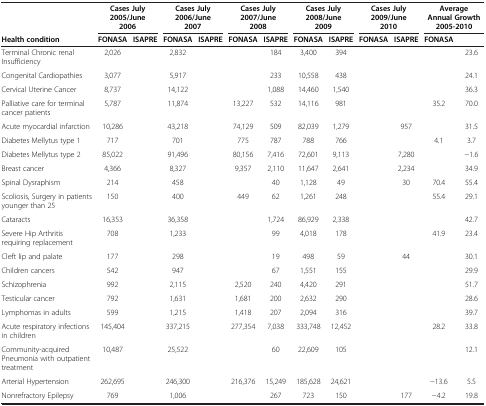
<table><thead><tr><td>[EMPTY_CELL]</td><td colspan="2"><b>Cases July 2005/June 2006</b></td><td colspan="2"><b>Cases July 2006/June 2007</b></td><td colspan="2"><b>Cases July 2007/June 2008</b></td><td colspan="2"><b>Cases July 2008/June 2009</b></td><td colspan="2"><b>Cases July 2009/June 2010</b></td><td colspan="2"><b>Average Annual Growth 2005-2010</b></td></tr><tr><td><b>Health condition</b></td><td><b>FONASA</b></td><td><b>ISAPRE</b></td><td><b>FONASA</b></td><td><b>ISAPRE</b></td><td><b>FONASA</b></td><td><b>ISAPRE</b></td><td><b>FONASA</b></td><td><b>ISAPRE</b></td><td><b>FONASA</b></td><td><b>ISAPRE</b></td><td><b>FONASA</b></td><td>[EMPTY_CELL]</td></tr></thead><tbody><tr><td>Terminal Chronic renal Insufficiency</td><td>2,026</td><td>[EMPTY_CELL]</td><td>2,832</td><td>[EMPTY_CELL]</td><td>[EMPTY_CELL]</td><td>184</td><td>3,400</td><td>394</td><td>[EMPTY_CELL]</td><td>[EMPTY_CELL]</td><td>[EMPTY_CELL]</td><td>23.6</td></tr><tr><td>Congenital Cardiopathies</td><td>3,077</td><td>[EMPTY_CELL]</td><td>5,917</td><td>[EMPTY_CELL]</td><td>[EMPTY_CELL]</td><td>233</td><td>10,558</td><td>438</td><td>[EMPTY_CELL]</td><td>[EMPTY_CELL]</td><td>[EMPTY_CELL]</td><td>24.1</td></tr><tr><td>Cervical Uterine Cancer</td><td>8,737</td><td>[EMPTY_CELL]</td><td>14,122</td><td>[EMPTY_CELL]</td><td>[EMPTY_CELL]</td><td>1,088</td><td>14,460</td><td>1,540</td><td>[EMPTY_CELL]</td><td>[EMPTY_CELL]</td><td>[EMPTY_CELL]</td><td>36.3</td></tr><tr><td>Palliative care for terminal cancer patients</td><td>5,787</td><td>[EMPTY_CELL]</td><td>11,874</td><td>[EMPTY_CELL]</td><td>13,227</td><td>532</td><td>14,116</td><td>981</td><td>[EMPTY_CELL]</td><td>[EMPTY_CELL]</td><td>35.2</td><td>70.0</td></tr><tr><td>Acute myocardial infarction</td><td>10,286</td><td>[EMPTY_CELL]</td><td>43,218</td><td>[EMPTY_CELL]</td><td>74,129</td><td>509</td><td>82,039</td><td>1,279</td><td>[EMPTY_CELL]</td><td>957</td><td>[EMPTY_CELL]</td><td>31.5</td></tr><tr><td>Diabetes Mellytus type 1</td><td>717</td><td>[EMPTY_CELL]</td><td>701</td><td>[EMPTY_CELL]</td><td>775</td><td>787</td><td>788</td><td>766</td><td>[EMPTY_CELL]</td><td>[EMPTY_CELL]</td><td>4.1</td><td>3.7</td></tr><tr><td>Diabetes Mellytus type 2</td><td>85,022</td><td>[EMPTY_CELL]</td><td>91,496</td><td>[EMPTY_CELL]</td><td>80,156</td><td>7,416</td><td>72,601</td><td>9,113</td><td>[EMPTY_CELL]</td><td>7,280</td><td>[EMPTY_CELL]</td><td>−1.6</td></tr><tr><td>Breast cancer</td><td>4,366</td><td>[EMPTY_CELL]</td><td>8,327</td><td>[EMPTY_CELL]</td><td>9,357</td><td>2,110</td><td>11,647</td><td>2,641</td><td>[EMPTY_CELL]</td><td>2,234</td><td>[EMPTY_CELL]</td><td>34.9</td></tr><tr><td>Spinal Dysraphism</td><td>214</td><td>[EMPTY_CELL]</td><td>458</td><td>[EMPTY_CELL]</td><td>[EMPTY_CELL]</td><td>40</td><td>1,128</td><td>49</td><td>[EMPTY_CELL]</td><td>30</td><td>70.4</td><td>55.4</td></tr><tr><td>Scoliosis, Surgery in patients younger than 25</td><td>150</td><td>[EMPTY_CELL]</td><td>400</td><td>[EMPTY_CELL]</td><td>449</td><td>62</td><td>1,261</td><td>248</td><td>[EMPTY_CELL]</td><td>[EMPTY_CELL]</td><td>55.4</td><td>29.1</td></tr><tr><td>Cataracts</td><td>16,353</td><td>[EMPTY_CELL]</td><td>36,358</td><td>[EMPTY_CELL]</td><td>[EMPTY_CELL]</td><td>1,724</td><td>86,929</td><td>2,338</td><td>[EMPTY_CELL]</td><td>[EMPTY_CELL]</td><td>[EMPTY_CELL]</td><td>42.7</td></tr><tr><td>Severe Hip Arthritis requiring replacement</td><td>708</td><td>[EMPTY_CELL]</td><td>1,233</td><td>[EMPTY_CELL]</td><td>[EMPTY_CELL]</td><td>99</td><td>4,018</td><td>178</td><td>[EMPTY_CELL]</td><td>[EMPTY_CELL]</td><td>41.9</td><td>23.4</td></tr><tr><td>Cleft lip and palate</td><td>177</td><td>[EMPTY_CELL]</td><td>298</td><td>[EMPTY_CELL]</td><td>[EMPTY_CELL]</td><td>19</td><td>498</td><td>59</td><td>[EMPTY_CELL]</td><td>44</td><td>[EMPTY_CELL]</td><td>30.1</td></tr><tr><td>Children cancers</td><td>542</td><td>[EMPTY_CELL]</td><td>947</td><td>[EMPTY_CELL]</td><td>[EMPTY_CELL]</td><td>67</td><td>1,551</td><td>155</td><td>[EMPTY_CELL]</td><td>[EMPTY_CELL]</td><td>[EMPTY_CELL]</td><td>29.9</td></tr><tr><td>Schizophrenia</td><td>992</td><td>[EMPTY_CELL]</td><td>2,115</td><td>[EMPTY_CELL]</td><td>2,520</td><td>240</td><td>4,420</td><td>291</td><td>[EMPTY_CELL]</td><td>[EMPTY_CELL]</td><td>[EMPTY_CELL]</td><td>51.7</td></tr><tr><td>Testicular cancer</td><td>792</td><td>[EMPTY_CELL]</td><td>1,631</td><td>[EMPTY_CELL]</td><td>1,681</td><td>200</td><td>2,632</td><td>290</td><td>[EMPTY_CELL]</td><td>[EMPTY_CELL]</td><td>[EMPTY_CELL]</td><td>28.6</td></tr><tr><td>Lymphomas in adults</td><td>599</td><td>[EMPTY_CELL]</td><td>1,215</td><td>[EMPTY_CELL]</td><td>1,418</td><td>207</td><td>2,094</td><td>316</td><td>[EMPTY_CELL]</td><td>[EMPTY_CELL]</td><td>[EMPTY_CELL]</td><td>39.7</td></tr><tr><td>Acute respiratory infections in children</td><td>145,404</td><td>[EMPTY_CELL]</td><td>337,215</td><td>[EMPTY_CELL]</td><td>277,354</td><td>7,038</td><td>333,748</td><td>12,452</td><td>[EMPTY_CELL]</td><td>[EMPTY_CELL]</td><td>28.2</td><td>33.8</td></tr><tr><td>Community-acquired Pneumonia with outpatient treatment</td><td>10,487</td><td>[EMPTY_CELL]</td><td>25,522</td><td>[EMPTY_CELL]</td><td>[EMPTY_CELL]</td><td>60</td><td>22,609</td><td>105</td><td>[EMPTY_CELL]</td><td>[EMPTY_CELL]</td><td>[EMPTY_CELL]</td><td>12.1</td></tr><tr><td>Arterial Hypertension</td><td>262,695</td><td>[EMPTY_CELL]</td><td>246,300</td><td>[EMPTY_CELL]</td><td>216,376</td><td>15,249</td><td>185,628</td><td>24,621</td><td>[EMPTY_CELL]</td><td>[EMPTY_CELL]</td><td>−13.6</td><td>5.5</td></tr><tr><td>Nonrefractory Epilepsy</td><td>769</td><td>[EMPTY_CELL]</td><td>1,006</td><td>[EMPTY_CELL]</td><td>[EMPTY_CELL]</td><td>267</td><td>723</td><td>150</td><td>[EMPTY_CELL]</td><td>177</td><td>−4.2</td><td>19.8</td></tr></tbody></table>